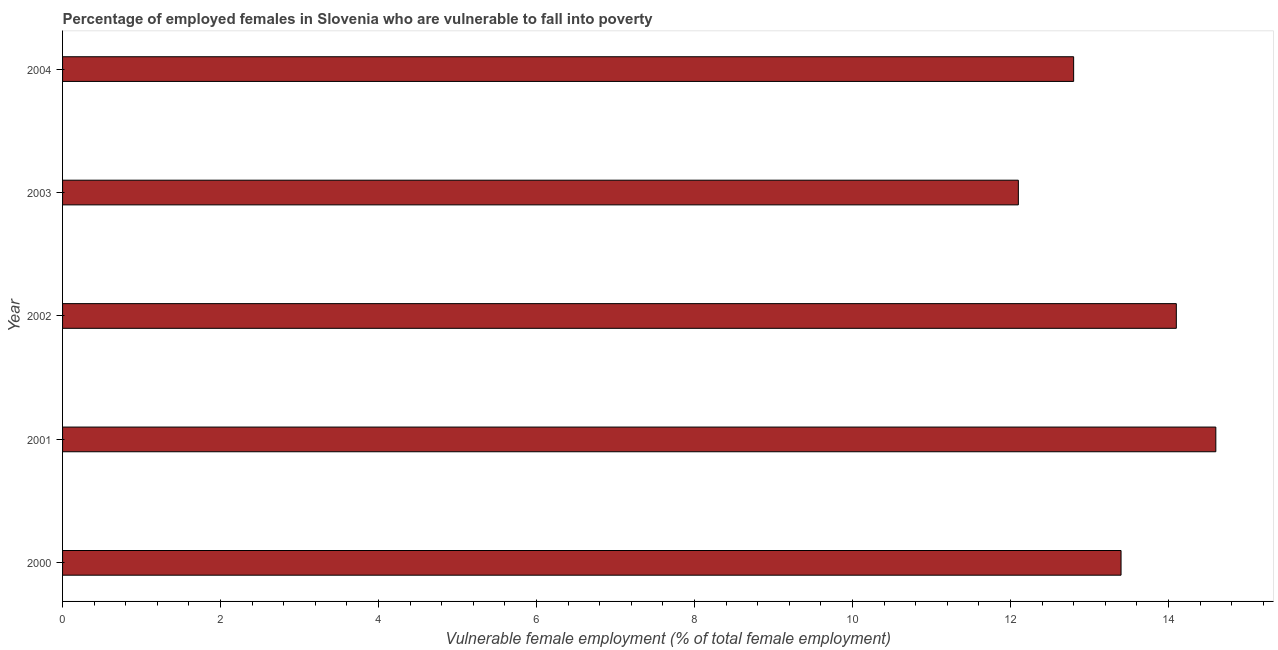
| Year | Percentage of employed females who are vulnerable to fall into poverty |
 | --- | --- |
 | 2000 | 13.4 |
 | 2001 | 14.6 |
 | 2002 | 14.1 |
 | 2003 | 12.1 |
 | 2004 | 12.8 |